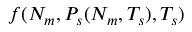
f ( N _ { m } , P _ { s } ( N _ { m } , T _ { s } ) , T _ { s } )